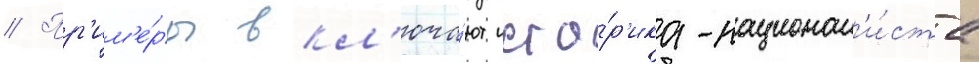
// Пр'им'е́ры вкл'юча́ют исто́р'ика-национал'и́ста